Vaccination in Burma 1920-1933 - 1920-1933
Year: 1920
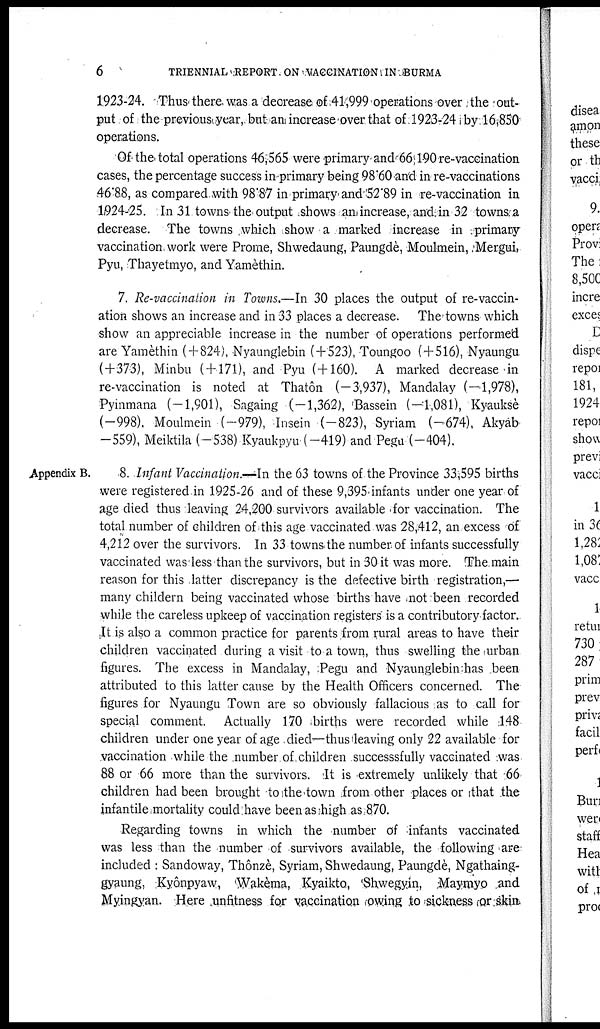
6
TRIENNIAL REPORT ON VACCINATION IN BURMA
1923-24. Thus there was a decrease of 41,999 operations over the out-
put of the previous year, but an increase over that of 1923-24 by 16,850
operations.
Of the total operations 46,565 were primary-and 66,190 re-vaccination
cases, the percentage success in primary being 98.60 and in re-vaccinations
46.88, as compared with 98.87 in primary and 52.89 in re-vaccination in
1924-25. In 31 towns the output shows an increase, and in 32 towns a
decrease. The towns which show a marked increase in primary
vaccination, work were Prome, Shwedaung, Paungdè, Moulmein, Mergui,
Pyu Thayetmyo, and Yamèthin.
7. Re-vaccination in Towns.—In 30 places the output of re-vaccin-
ation shows an increase and in 33 places a decrease. The towns which
show an appreciable increase in the number of operations performed
are Yamèthin (+824), Nyaunglebin (+523), Toungoo (+516), Nyaungu
(+373), Minbu ( + 171), and Pyu (+160). A marked decrease in
re-vaccination is noted at Thatôn (—3,937), Mandalay (—1,978),
Pyinmana (-1,901), Sagaing (-1,362), Bassein (—1,081), Kyauksè
(-998), Moulmein (-979), Insein (-823), Syriam (-674), Akyab
-559), Meiktila (-538) Kyaukpyu (-419) and Pegu (-404).
Appendix B.
8. Infant Vaccination.—In the 63 towns of the Province 33,595 births
were registered in 1925-26 and of these 9,395 infants under one year of
age died thus leaving 24,200 survivors available for vaccination. The
total number of children of this age vaccinated was 28,412, an excess of
4,212 over the survivors. In 33 towns the number of infants successfully
vaccinated was less than the survivors, but in 30 it was more. The main
reason for this latter discrepancy is the defective birth registration,—
many childern being vaccinated whose births have not been recorded
while the careless upkeep of vaccination registers is a contributory factor.
It is also a common practice for parents from rural areas to have their
children vaccinated during a visit to a town, thus swelling the urban
figures. The excess in Mandalay ,Pegu and Nyaunglebin has been
attributed to this latter cause by the Health Officers concerned. The
figures for Nyaungu Town are so obviously fallacious as to call for
special comment. Actually 170 births were recorded while 148
children under one year of age died—thus leaving only 22 available for
vaccination while the number of children successsfully vaccinated :was
88 or 66 more than the survivors. It is extremely unlikely that 66
children had been brought to the town from other places or that the
infantile mortality could have been as high as 870.
Regarding towns in which the number of infants vaccinated
was less than the number of survivors available, the following are
included : Sandoway, Thônzè, Syriam, Shwedaung, Paungdè, Ngathaing-
gyaung, Kyônpyaw, Wakèma, Kyaikto, Shwegyin, Maymyo and
Myingyan. Here unfitness for vaccination owing to sickness or skin